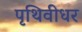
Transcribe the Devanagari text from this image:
पृथिवीधर